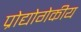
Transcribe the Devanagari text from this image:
प्रोद्योगेकीय